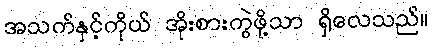
အသက်နှင့်ကိုယ် အိုးစားကွဲဖို့သာ ရှိလေသည်။